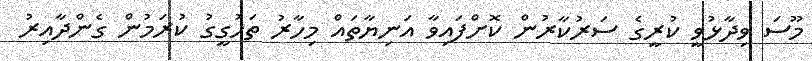
މޫސަ ވިދާޅުވީ ކުރީގެ ސަރުކާރުން ކޮށްފައިވާ އަނިޔާތައް މިހާރު ތަހުގީގު ކުރަމުން ގެންދާއިރު